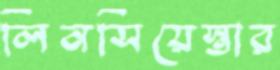
লিনসিয়েস্তার